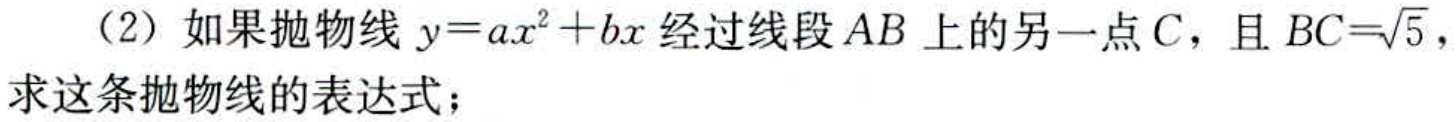
（2）如果抛物线\(y = ax^{2}+bx\)经过线段\(AB\)上的另一点\(C\)，且\(BC = \sqrt{5}\)，求这条抛物线的表达式；